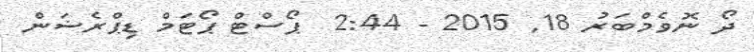
ދޯ ނޮވެމްބަރު 18